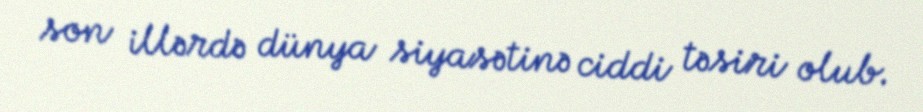
son illərdə dünya siyasətinə ciddi təsiri olub.